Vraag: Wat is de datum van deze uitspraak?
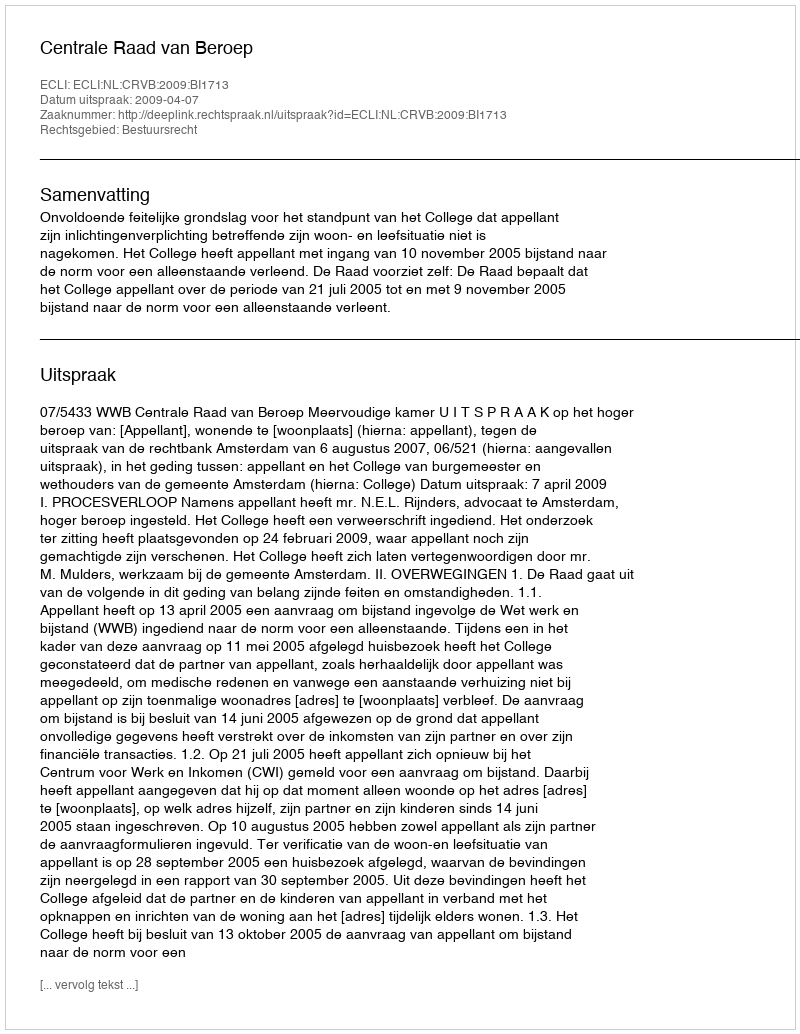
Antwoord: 2009-04-07